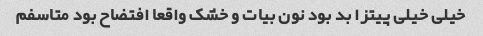
خیلی خیلی پیتزا بد بود نون بیات و خشک واقعا افتضاح بود متاسفم